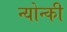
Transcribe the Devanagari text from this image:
न्योन्की